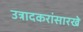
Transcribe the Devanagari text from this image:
उत्रादकरांसारखे